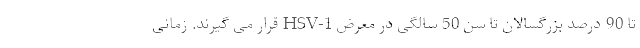
تا 90 درصد بزرگسالان تا سن 50 سالگی در معرض HSV-1 قرار می گیرند. زمانی